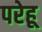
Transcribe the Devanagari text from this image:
परेहू